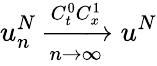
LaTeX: u_{n}^{N}\xrightarrow[n\rightarrow\infty]{C_{t}^{0}C_{x}^{1}}u^{N}